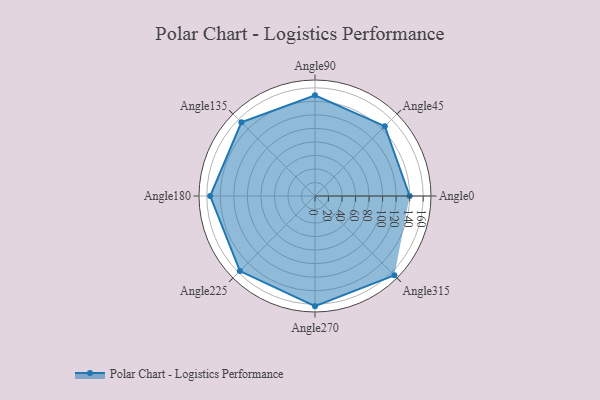
{"axis": {"x": "Angle", "y": "Radius"}, "legend": [""], "data": [{"x": "Angle0", "y": 140.0, "type": ""}, {"x": "Angle45", "y": 146.0, "type": ""}, {"x": "Angle90", "y": 149.0, "type": ""}, {"x": "Angle135", "y": 154.0, "type": ""}, {"x": "Angle180", "y": 155.0, "type": ""}, {"x": "Angle225", "y": 157.0, "type": ""}, {"x": "Angle270", "y": 163.0, "type": ""}, {"x": "Angle315", "y": 166.0, "type": ""}]}